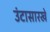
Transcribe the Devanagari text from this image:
उंटासारखे